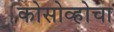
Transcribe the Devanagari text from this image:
कोसोव्होचा